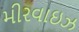
મીરવાઇઝ